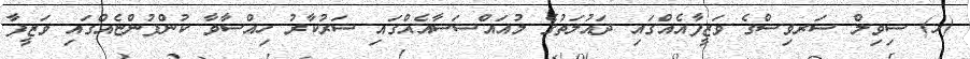
(ހ) ސިވިލް ސަރވިސްގެ ވަޒީފާއެއްގައި ދައުލަތުގެ މުއައްސަސާއެއްގައި ސަރުކާރު ހިއްސާވާ ކުންފުންޏެއްގައި ވަޒީފާ